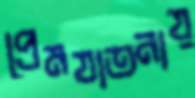
প্রেমযাতনায়